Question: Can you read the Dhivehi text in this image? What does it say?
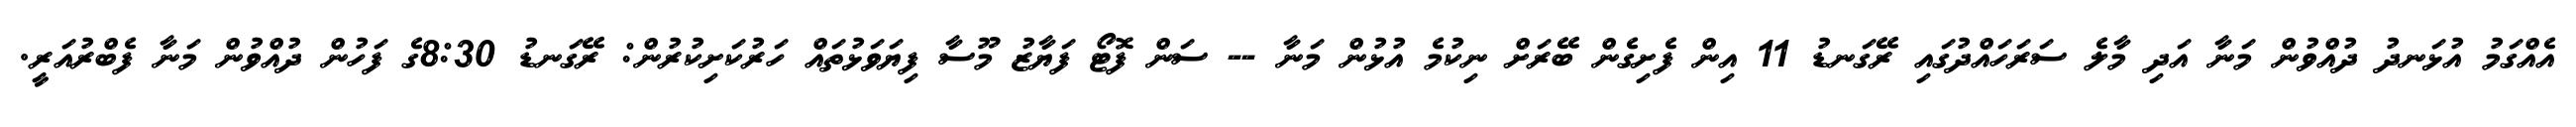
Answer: އެއްގަމު އުޅަނދު ދުއްވުން މަނާ އަދި މާލެ ސަރަހައްދުގައި ރޭގަނޑު 11 އިން ފެށިގެން ބޭރަށް ނިކުމެ އުޅުން މަނާ -- ސަން ފޮޓޯ ފަޔާޒު މޫސާ ފިޔަވަޅުތައް ހަރުކަށިކުރުން: ރޭގަނޑު 8:30ގެ ފަހުން ދުއްވުން މަނާ ފެބްރުއަރީ.